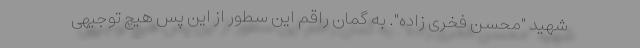
شهید "محسن فخری زاده". به گمان راقم این سطور از این پس هیچ توجیهی